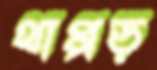
থাপ্পড়